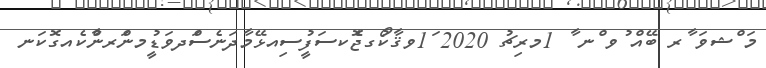
މަ ްޝވަ ާރ ބޭއް ުވ ްނ ާ 1މރިޗު 2020 ަ1ވޤާކޯުގޖެޮކސަފުީސިއޅޭމާދަނެސްަދވަޑީުމންަރންާކެއގޮޮކަނ